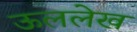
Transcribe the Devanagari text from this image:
ऊललेख